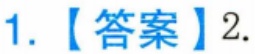
1.【答案】2.